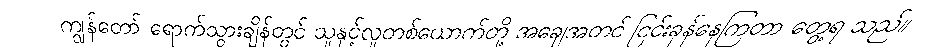
ကျွန်တော် ရောက်သွားချိန်တွင် သူနှင့်လူတစ်ယောက်တို့ အချေအတင် ငြင်းခုန်နေကြတာ တွေ့ရ သည်။